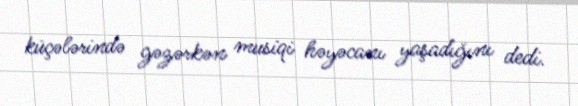
küçələrində gəzərkən musiqi həyəcanı yaşadığını dedi.